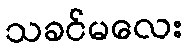
သခင်မလေး